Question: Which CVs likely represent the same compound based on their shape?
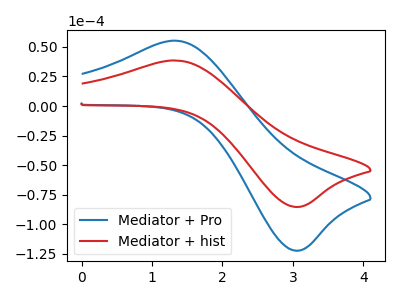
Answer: <think>The blue curve "Mediator + Pro" has an anodic peak at (1.35V, 55.30uA) and a cathodic peak at (3.10V, -122.35uA). The red curve "Mediator + hist" has an anodic peak at (1.35V, 38.60uA) and a cathodic peak at (3.10V, -85.40uA).
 All the peaks in "Mediator + Pro" have a peak in "Mediator + hist" at the same potential. Every peak in "Mediator + Pro" is higher than every peak in "Mediator + hist".</think>
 <answer>"Mediator + hist" and "Mediator + Pro" have the same shape and are likely CV's of the same chemical.</answer>
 <eval>"Mediator + hist" "Mediator + Pro"</eval>